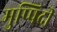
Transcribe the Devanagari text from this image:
मुप्पिदी